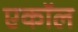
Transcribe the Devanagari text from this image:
एकॉल